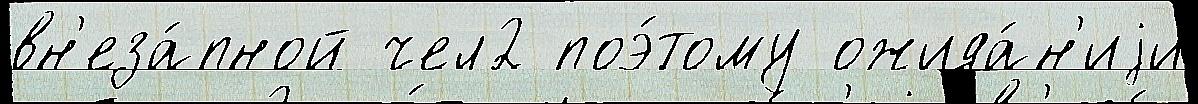
вн'еза́пной чел2 поэ́тому ожида́н'иjи